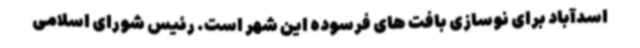
اسدآباد برای نوسازی بافت های فرسوده این شهر است. رئیس شورای اسلامی